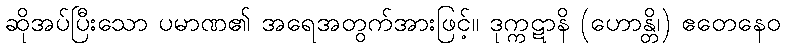
ဆိုအပ်ပြီးသော ပမာဏ၏ အရေအတွက်အားဖြင့်။ ဒုက္ကဋာနိ (ဟောန္တိ၊) ဧတေနေဝ